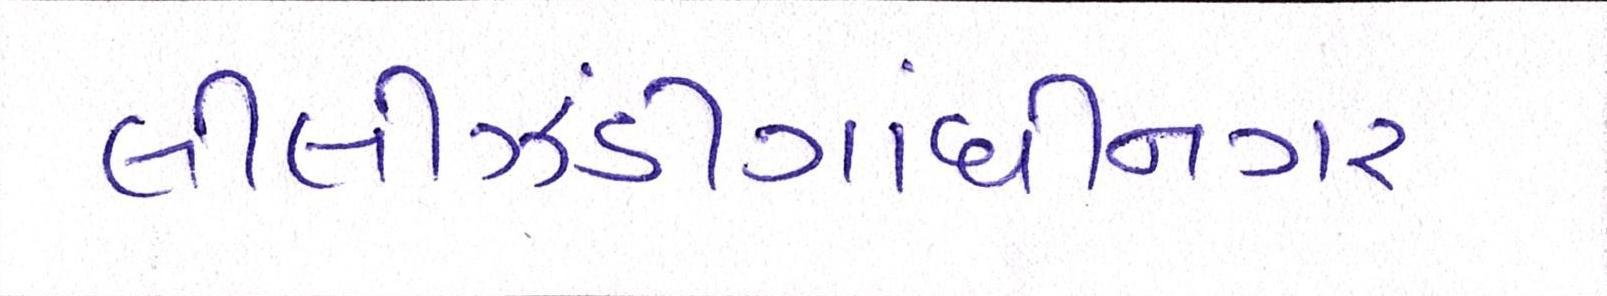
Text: લીલીઝંડીગાંધીનગર